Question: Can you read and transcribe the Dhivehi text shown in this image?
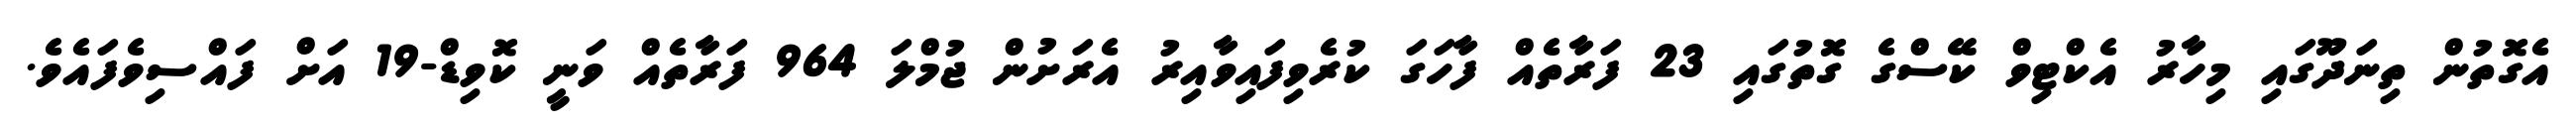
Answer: އެގޮތުން ތިނަދޫގައި މިހާރު އެކްޓިވް ކޭސްގެ ގޮތުގައި 23 ފަރާތެއް ފާހަގަ ކުރެވިފައިވާއިރު އެރަށުން ޖުމްލަ 964 ފަރާތެއް ވަނީ ކޮވިޑް-19 އަށް ފައްސިވެފައެވެ.